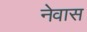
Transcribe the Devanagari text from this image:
नेवास